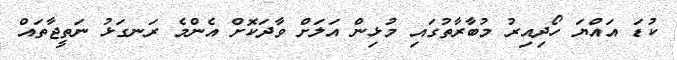
ކުޑަަ އައްޔަ ހޯދިއިރު މުބާރާތުގައި މުޅިން އަލަށް ވާދަކޮށް އެންމެ ރަނގަޅު ނަތީޖާތައް